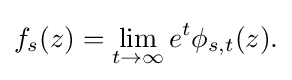
\displaystyle {f_{s}(z)=\lim _{t\rightarrow \infty }e^{t}\phi _{s,t}(z).}